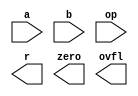
`timescale 1ns / 1ps
//////////////////////////////////////////////////////////////////////////////////
// Company: 
// Engineer: 
// 
// Design Name: 
// Module Name:    ALU 
// Project Name: 
// Target Devices: 
// Tool versions: 
// Description: 
//
// Dependencies: 
//
// Revision: 
// Revision 0.01 - File Created
// Additional Comments: 
//
//////////////////////////////////////////////////////////////////////////////////
module ALU(a,b,op,r,zero,ovfl);
	 input [15:0] a;
	 input [15:0] b;
	 input op;
	 output [15:0] r;
	 output zero;
	 output ovfl;
	 


endmodule